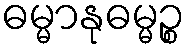
ဓမ္မာနုဓမ္မဉ္စ